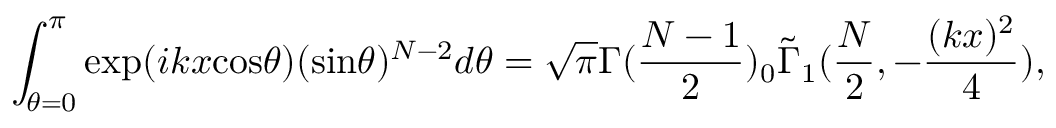
\int _ { \theta = 0 } ^ { \pi } \mathrm { e x p } ( i k x \mathrm { c o s } \theta ) ( \mathrm { s i n } \theta ) ^ { N - 2 } d \theta = \sqrt { \pi } \Gamma ( \frac { N - 1 } { 2 } ) { } _ { 0 } \tilde { \Gamma } _ { 1 } ( \frac { N } { 2 } , - \frac { ( k x ) ^ { 2 } } { 4 } ) ,